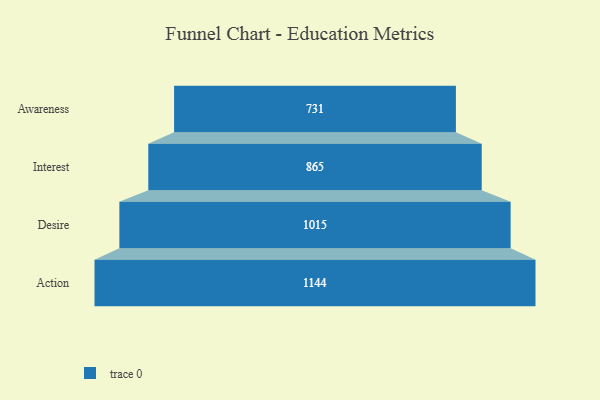
{"axis": {"x": "Stage", "y": "Value"}, "legend": [""], "data": [{"x": "Awareness", "y": 731.0, "type": ""}, {"x": "Interest", "y": 865.0, "type": ""}, {"x": "Desire", "y": 1015.0, "type": ""}, {"x": "Action", "y": 1144.0, "type": ""}]}